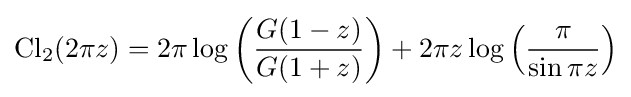
\operatorname {Cl} _{2}(2\pi z)=2\pi \log \left({\frac {G(1-z)}{G(1+z)}}\right)+2\pi z\log \left({\frac {\pi }{\sin \pi z}}\right)